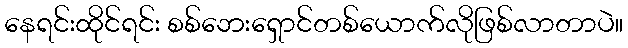
နေရင်းထိုင်ရင်း စစ်ဘေးရှောင်တစ်ယောက်လိုဖြစ်လာတာပဲ။